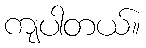
ကျပါတယ်။